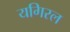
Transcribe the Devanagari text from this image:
यगिरल